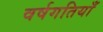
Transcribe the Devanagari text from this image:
वर्षगतियाँ